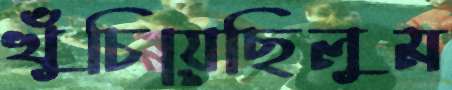
খুঁচিয়েছিলুম